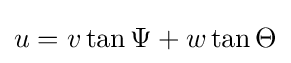
u=v\tan \Psi +w\tan \Theta